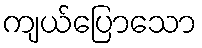
ကျယ်ပြောသော